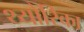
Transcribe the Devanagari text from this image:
थ्योरिका